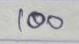
100